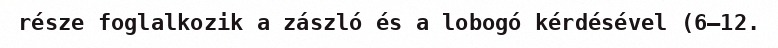
része foglalkozik a zászló és a lobogó kérdésével (6–12.